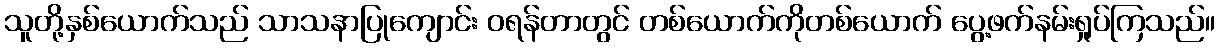
သူတို့နှစ်ယောက်သည် သာသနာပြုကျောင်း ဝရန်တာတွင် တစ်ယောက်ကိုတစ်ယောက် ပွေ့ဖက်နမ်းရှုပ်ကြသည်။